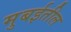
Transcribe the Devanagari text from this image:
मुबईतील